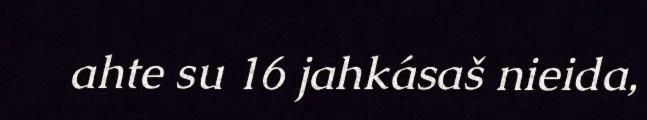
ahte su 16 jahkásaš nieida,